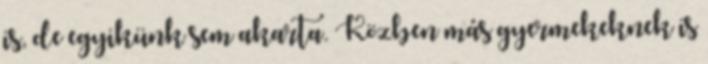
is, de egyikünk sem akarta. Közben más gyermekeknek is